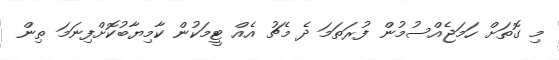
މި ގޮތަށް ހަމަޖެއްސުމުން ފުރަތަމަ ދެ މެޗު އެއް ޓީމަކުން ކާމިޔާބުކޮށްފިނަމަ ތިން